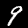
Label: 9